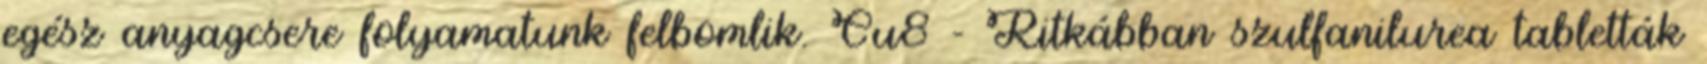
egész anyagcsere folyamatunk felbomlik. Cu8 - Ritkábban szulfanilurea tabletták